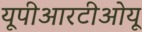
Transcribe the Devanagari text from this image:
यूपीआरटीओयू